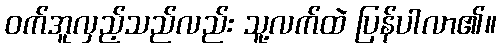
ဝက်အူလှည့်သည်လည်း သူ့လက်ထဲ ပြန်ပါလာ၏။